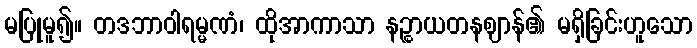
မပြုမူ၍။ တဒဘာဝါရမ္မဏံ၊ ထိုအာကာသာ နဉ္စာယတနဈာန်၏ မရှိခြင်းဟူသော